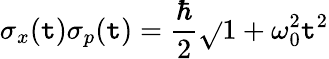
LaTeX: \sigma_{x}(\mathtt{t})\sigma_{p}(\mathtt{t})={\frac{{\hbar}}{{2}}}{\sqrt{}{{1+\omega_{0}^{2}\mathtt{t}^{2}}}}